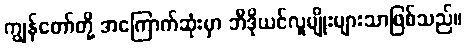
ကျွန်တော်တို့ အကြောက်ဆုံးမှာ ဘီဒိုယင်လူမျိုးများသာဖြစ်သည်။